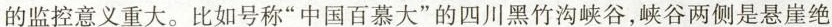
的监控意义重大。比如号称”中国百慕大”的四川黑竹沟峡谷，峡谷两侧是悬崖绝